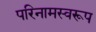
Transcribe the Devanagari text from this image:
परिनामस्वरूप